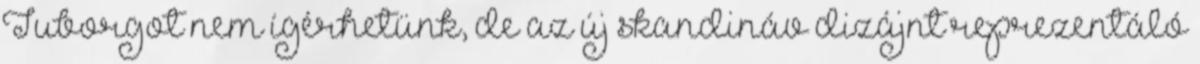
Tuborgot nem ígérhetünk, de az új skandináv dizájnt reprezentáló